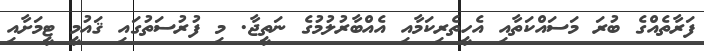
ފަރާތެއްގެ ބުރަ މަސައްކަތާއި އެހީތެރިކަމާއި އެއްބާރުލުމުގެ ނަތީޖާ. މި ފުރުސަތުގައި ޤައުމީ ޓީމަށާއި